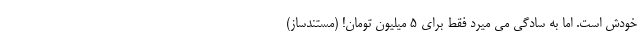
خودش است. اما به سادگی می میرد فقط برای 5 میلیون تومان! (مستندساز)